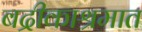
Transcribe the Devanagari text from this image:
बद्रीकाश्रमात